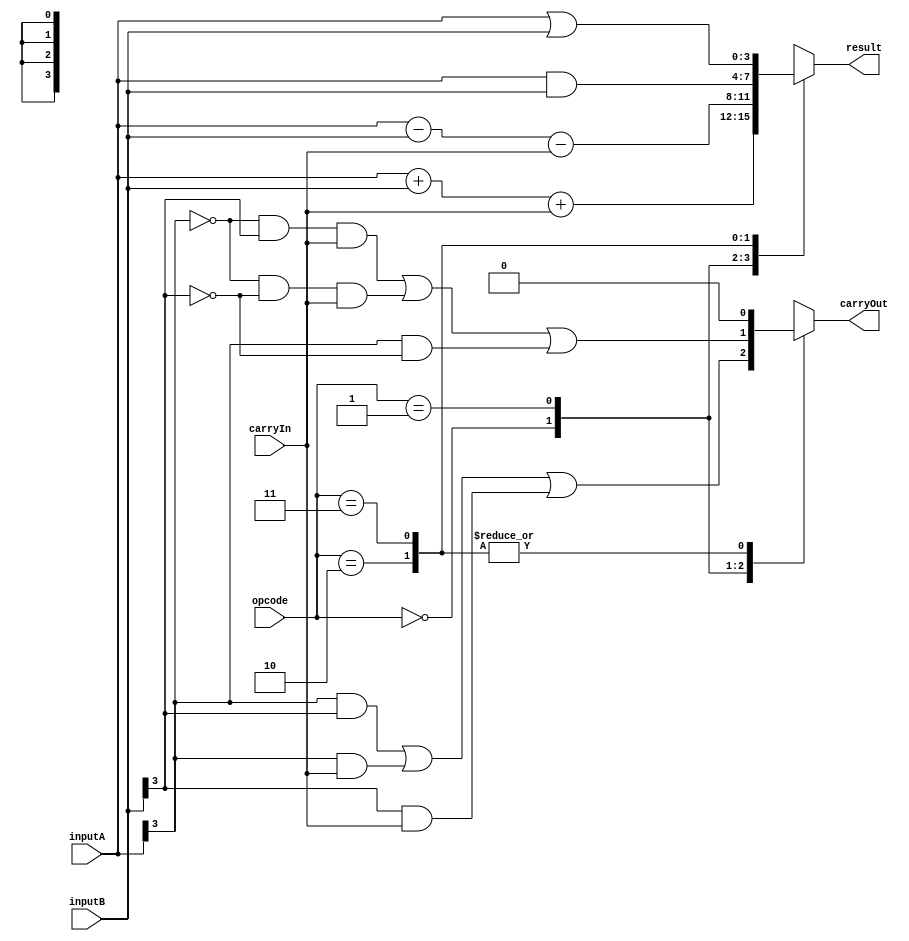
module alu (
    input [3:0] inputA,
    input [3:0] inputB,
    input [1:0] opcode,
    input carryIn,
    output carryOut,
    output reg [3:0] result
);

// Define ALU operation codes
parameter ADD = 2'b00;
parameter SUB = 2'b01;
parameter AND = 2'b10;
parameter OR = 2'b11;

reg [3:0] tempResult;
reg tempCarryOut;

always @(*)
begin
    case (opcode)
        ADD: begin
            tempResult = inputA + inputB + carryIn;
            tempCarryOut = (inputA[3] & inputB[3]) | (inputA[3] & carryIn) | (inputB[3] & carryIn);
        end
        
        SUB: begin
            tempResult = inputA - inputB - carryIn;
            tempCarryOut = ~inputA[3] & inputB[3] & carryIn | ~inputA[3] & ~inputB[3] & carryIn | inputA[3] & ~inputB[3];
        end
        
        AND: begin
            tempResult = inputA & inputB;
            tempCarryOut = 1'b0;
        end
        
        OR: begin
            tempResult = inputA | inputB;
            tempCarryOut = 1'b0;
        end
    endcase
end

assign result = tempResult;
assign carryOut = tempCarryOut;

endmodule